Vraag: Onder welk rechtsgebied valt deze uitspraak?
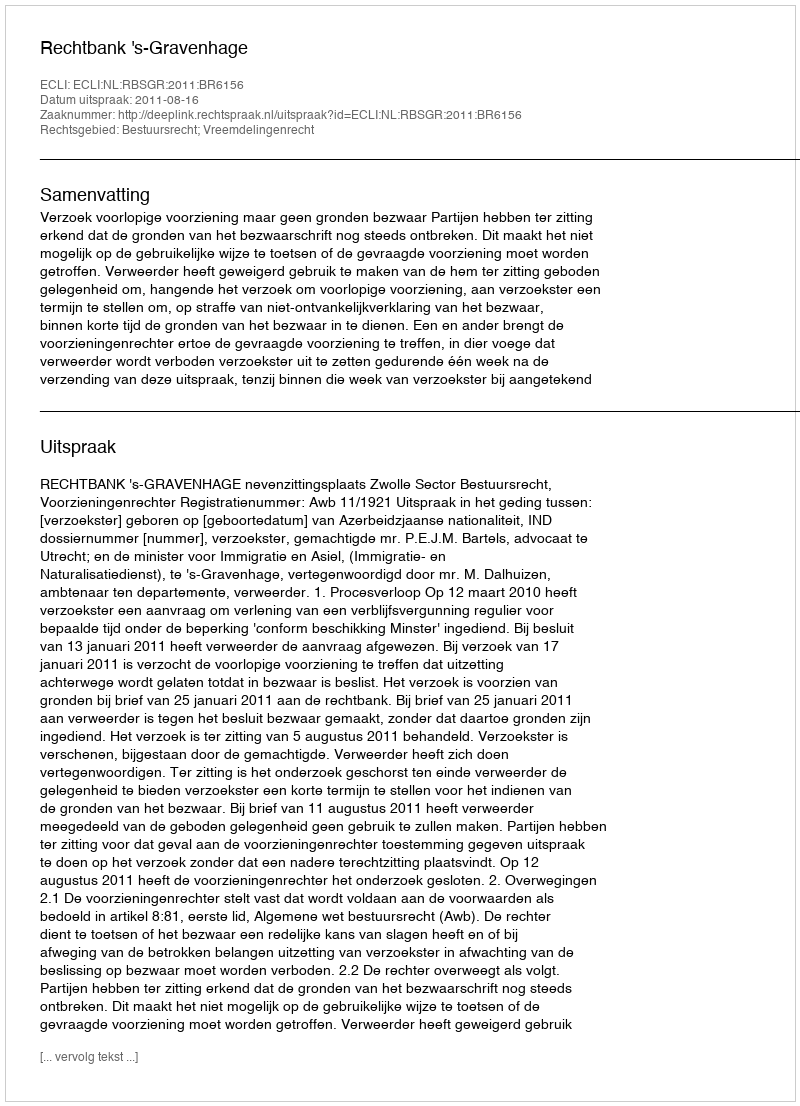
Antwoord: Bestuursrecht; Vreemdelingenrecht